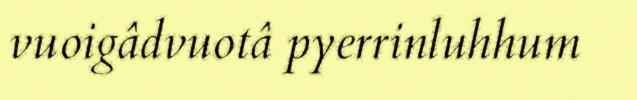
vuoigâdvuotâ pyerrinluhhum